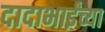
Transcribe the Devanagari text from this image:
दादाभाईंच्या